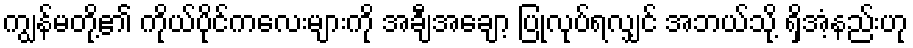
ကျွန်မတို့၏ ကိုယ်ပိုင်ကလေးများကို အချီအချော့ ပြုလုပ်ရလျှင် အဘယ်သို့ ရှိအံ့နည်းဟု